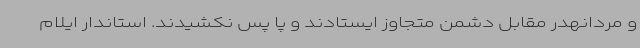
و مردانهدر مقابل دشمن متجاوز ایستادند و پا پس نکشیدند. استاندار ایلام